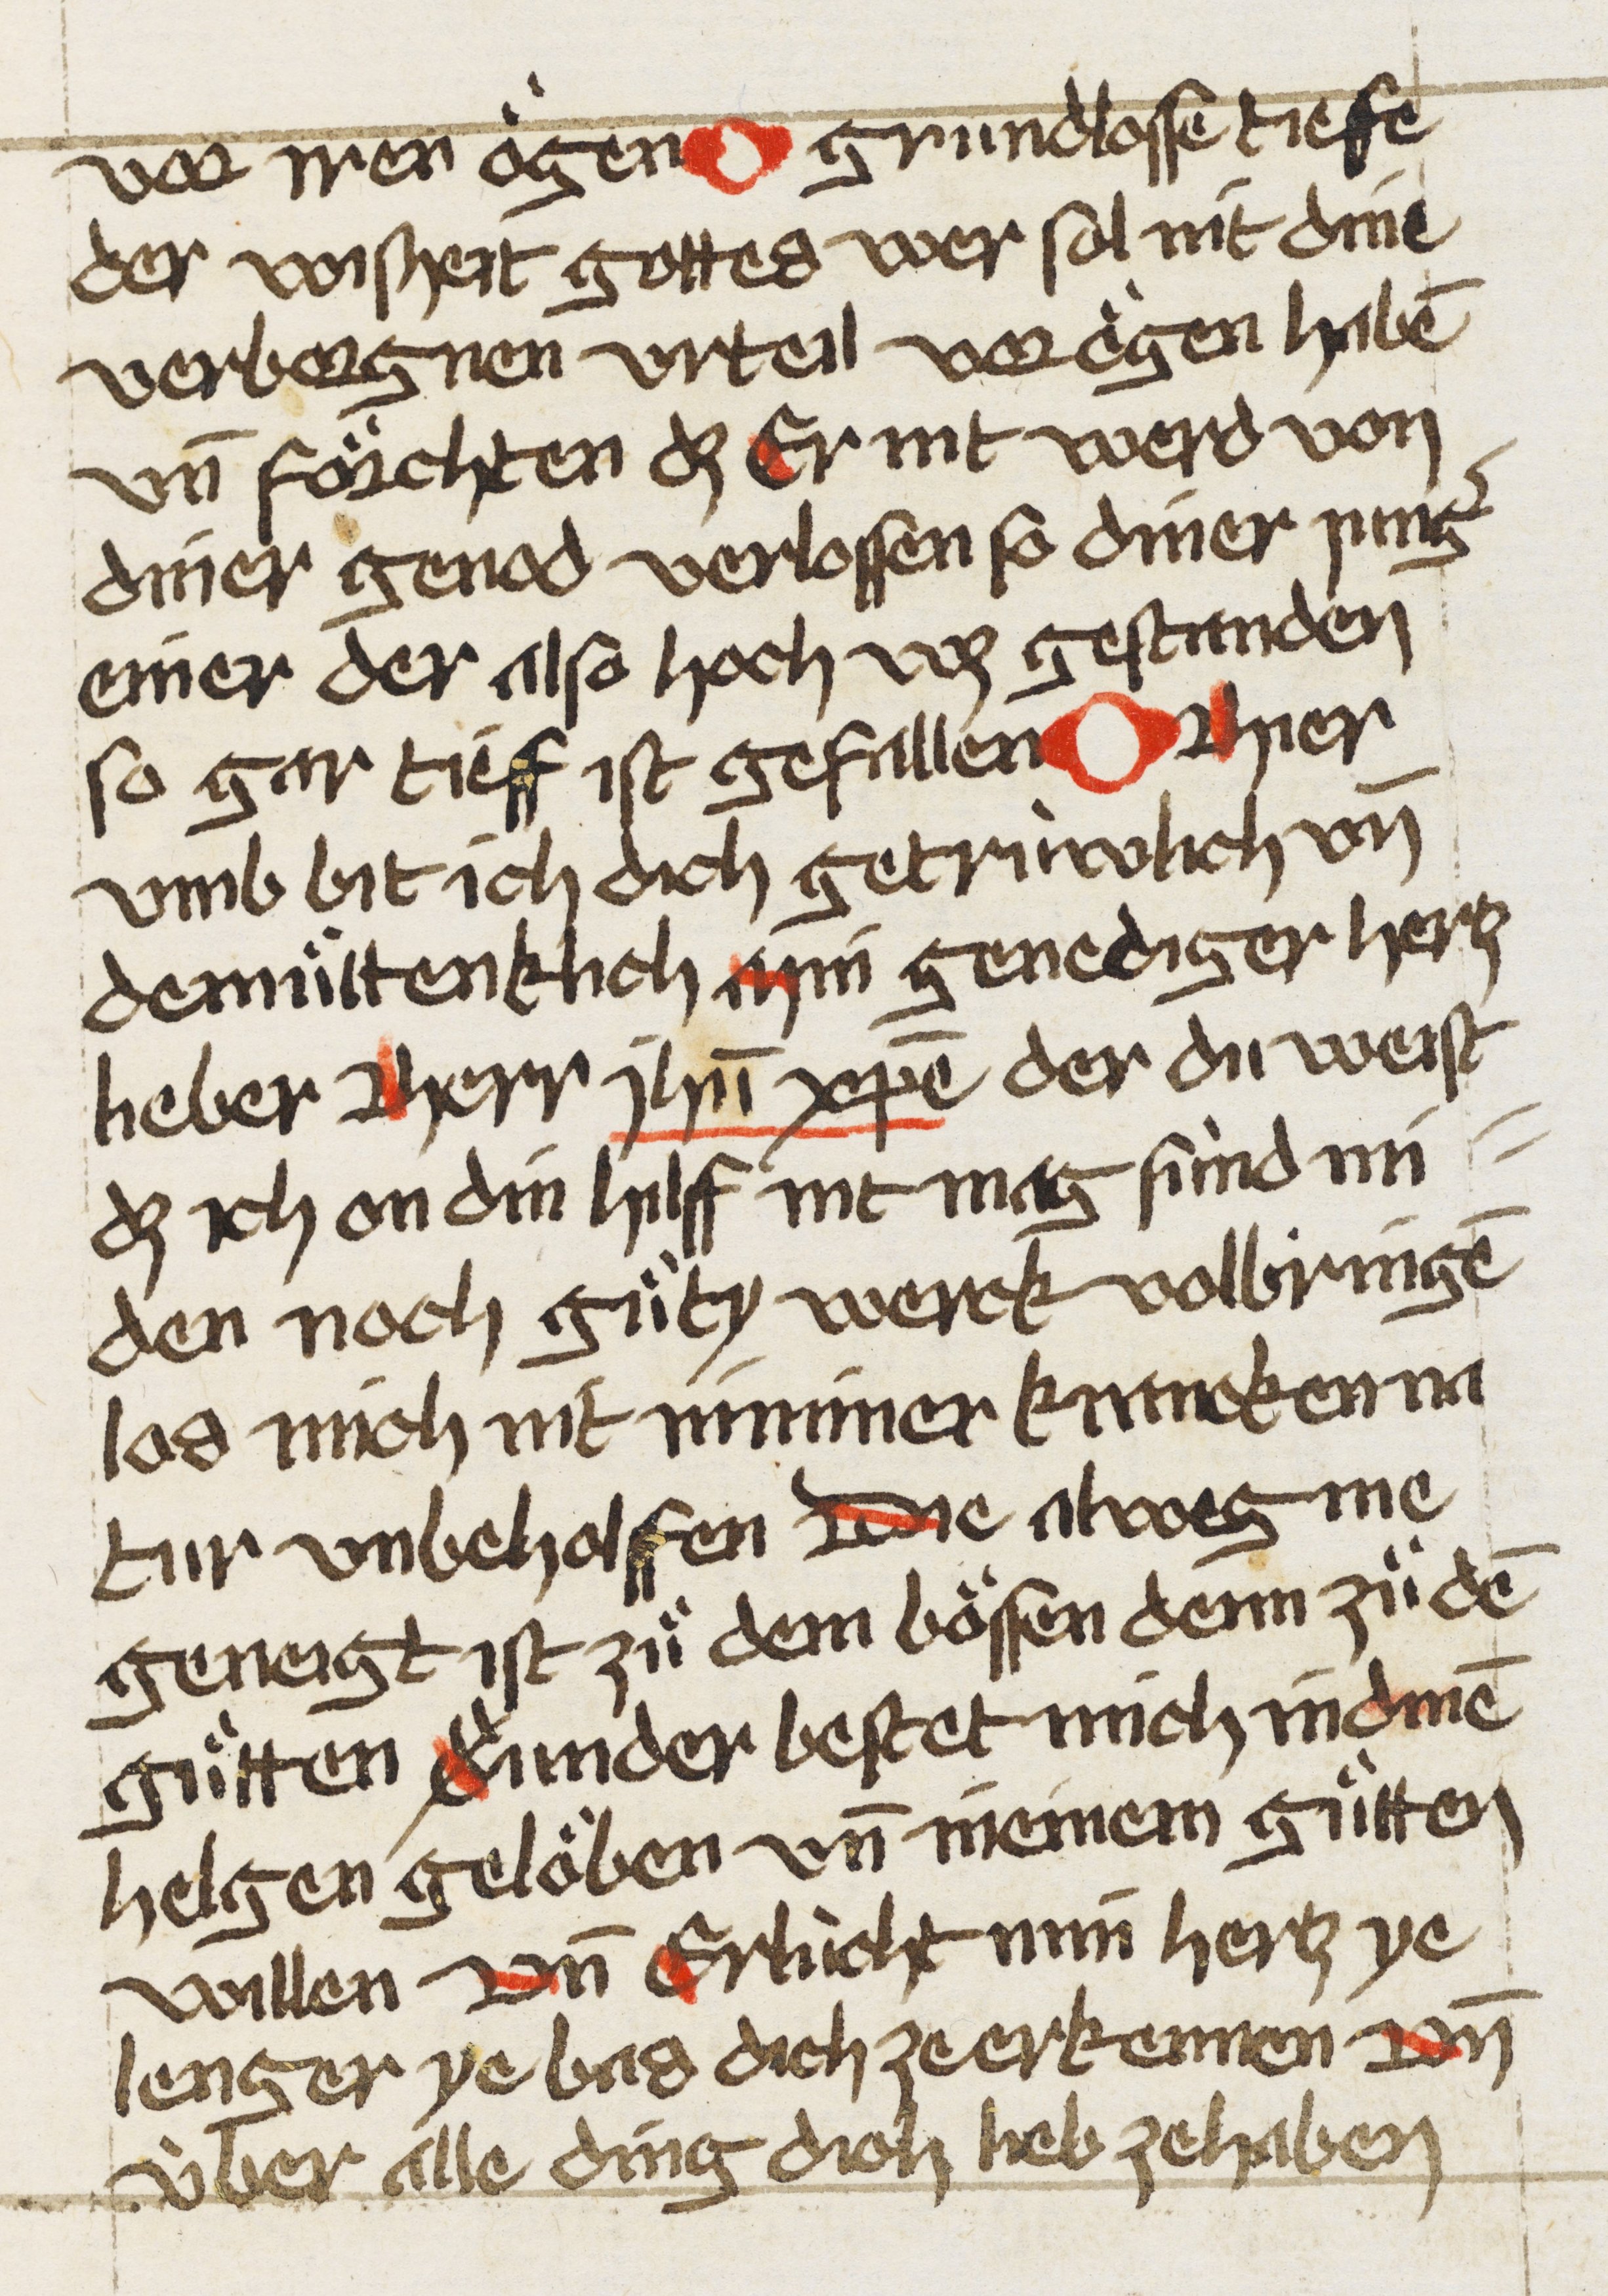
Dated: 1507–1507